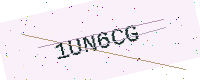
Text: 1UN6CG